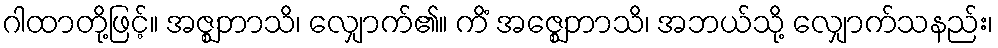
ဂါထာတို့ဖြင့်။ အဇ္ဈဘာသိ၊ လျှောက်၏။ ကိံ အဇ္ဈေဘာသိ၊ အဘယ်သို့ လျှောက်သနည်း၊